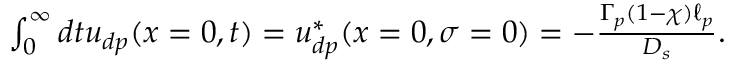
\begin{array} { r } { \int _ { 0 } ^ { \infty } d t u _ { d p } ( x = 0 , t ) = u _ { d p } ^ { \ast } ( x = 0 , \sigma = 0 ) = - \frac { \Gamma _ { p } ( 1 - \chi ) \ell _ { p } } { D _ { s } } . } \end{array}